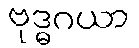
ဗုဒ္ဓဂယာ